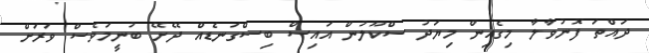
ދައްތަ ފޮނުވާލާ މިގެއިން މިޔަދު ސްކޫލުން އައިސް ބިސްގަނޑެއް ދޭށޭ ބުނީމަވެސް ވަރަށް